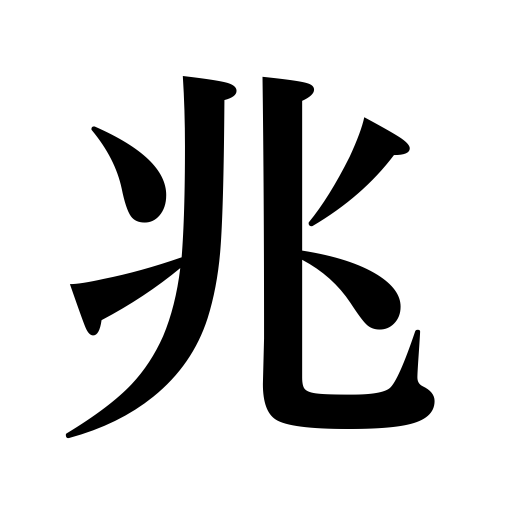
Meanings: symptoms,show a signs or symptoms of,trillion,sign,signs,indication,omen,portent